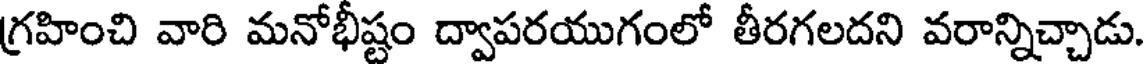
గ్రహించి వారి మనోభీష్టం ద్వాపరయుగంలో తీరగలదని వరాన్నిచ్చాడు.